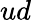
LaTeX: ud